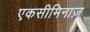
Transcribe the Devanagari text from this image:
एकसीमिनाज़